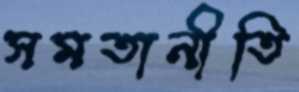
সমতানীতি